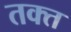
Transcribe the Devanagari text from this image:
तक्त